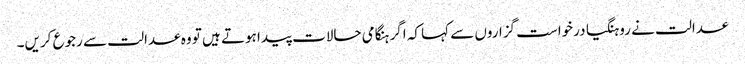
عدالت نے روہنگیا درخواست گزاروں سے کہا کہ اگر ہنگامی حالات پیدا ہوتے ہیں تو وہ عدالت سے رجوع کریں۔